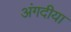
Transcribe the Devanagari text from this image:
अंगदीया